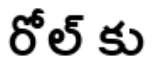
రోల్ కు